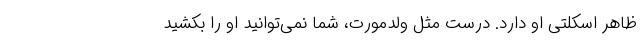
ظاهر اسکلتی او دارد. درست مثل ولدمورت، شما نمی‌توانید او را بکشید